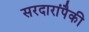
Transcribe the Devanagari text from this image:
सरदारांपैकी